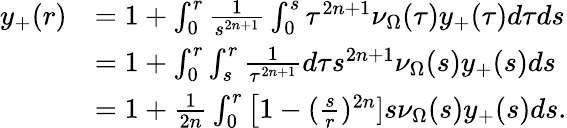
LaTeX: \begin{array}{rl}{y_{+}(r)}&{=1+\int_{0}^{r}\frac{1}{s^{2n+1}}\int_{0}^{s}\tau^{2n+1}\nu_{\Omega}(\tau)y_{+}(\tau)d\tau ds}\\ &{=1+\int_{0}^{r}\int_{s}^{r}\frac{1}{\tau^{2n+1}}d\tau s^{2n+1}\nu_{\Omega}(s)y_{+}(s)ds}\\ &{=1+\frac{1}{2n}\int_{0}^{r}\big[1-(\frac{s}{r})^{2n}]s\nu_{\Omega}(s)y_{+}(s)ds.}\end{array}